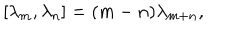
LaTeX: [ \lambda _ { m } , \lambda _ { n } ] = ( m - n ) \lambda _ { m + n } ,